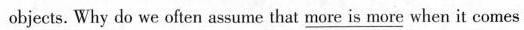
objects. Why do we often assume that more_ is more when it comes